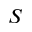
S